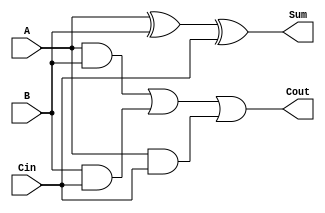
//Implement the Full Adder Using Boolean Equations (RTL Level)
module FullAdder(Sum,Cout,A,B,Cin);
	input A,B,Cin;
	output Sum,Cout;	
	
	assign Sum=A^B^Cin;
	assign Cout=(A&B)|(B&Cin)|(A&Cin);
endmodule